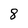
Character: 8